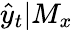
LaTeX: \hat{y}_{t}|M_{x}